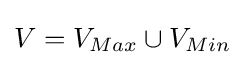
V=V_{Max}\cup V_{Min}